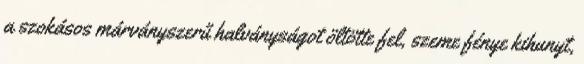
a szokásos márványszerű halványságot öltötte fel, szeme fénye kihunyt,